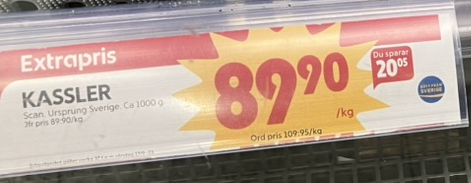
Vara: Kassler
Genomsnittspris: 109.95 per kg